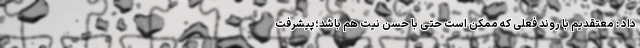
داد : معتقدیم با روند فعلی که ممکن است حتی با حسن نیت هم باشد؛پیشرفت